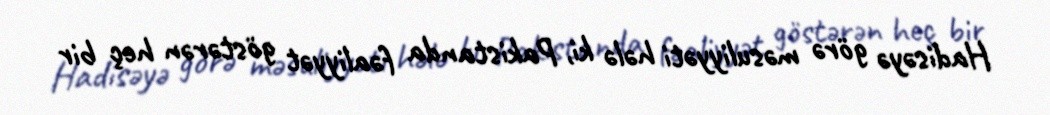
Hadisəyə görə məsuliyyəti hələ ki, Pakistanda fəaliyyət göstərən heç bir